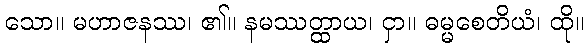
သော။ မဟာဇနဿ၊ ၏။ နမဿတ္ထာယ၊ ငှာ။ ဓမ္မစေတိယံ၊ ထို။